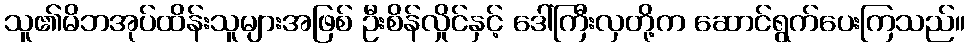
သူ၏မိဘအုပ်ထိန်းသူများအဖြစ် ဦးစိန်လှိုင်နှင့် ဒေါ်ကြီးလှတို့က ဆောင်ရွက်ပေးကြသည်။